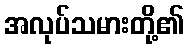
အလုပ်သမားတို့၏